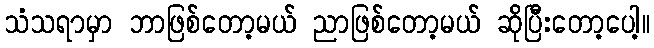
သံသရာမှာ ဘာဖြစ်တော့မယ် ညာဖြစ်တော့မယ် ဆိုပြီးတော့ပေါ့။